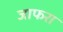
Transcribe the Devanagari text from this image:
जाफरा